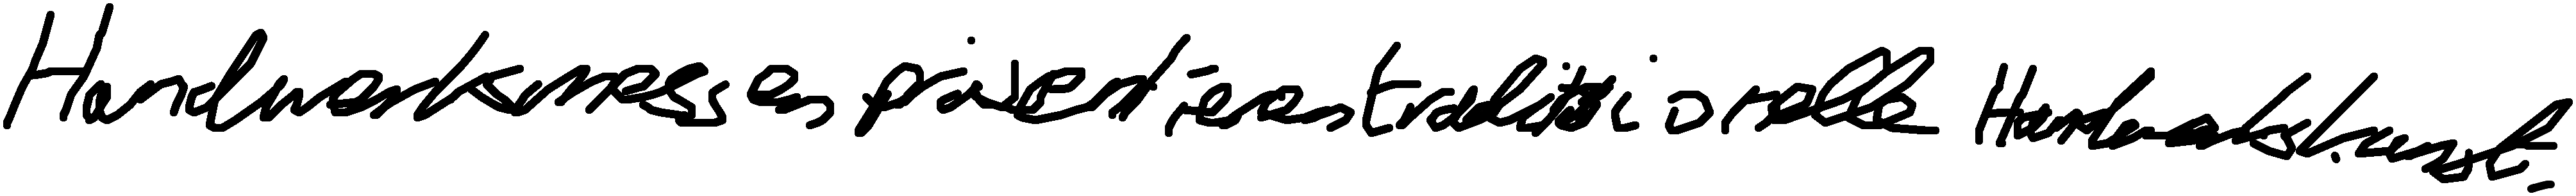
Handwerksmessen präsentieren traditionelle Handwerkskunst.